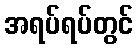
အရပ်ရပ်တွင်